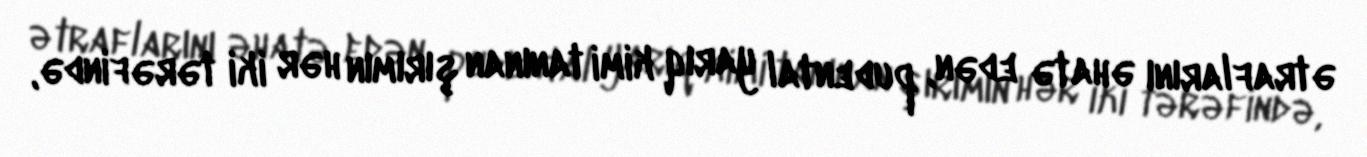
ətraflarını əhatə edən, pudental yarıq kimi tanınan şırımın hər iki tərəfində,